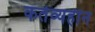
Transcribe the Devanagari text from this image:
कर्तव्यहीन